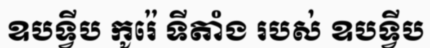
ឧបទ្វីប កូរ៉េ ទីតាំង របស់ ឧបទ្វីប